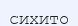
сихито